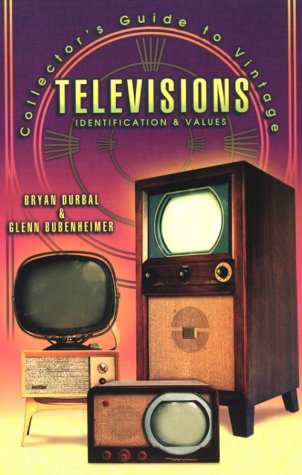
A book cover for Collector's Guide to Vintage Televisions: Identification & Values; Bryan Durbal; Crafts, Hobbies & Home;